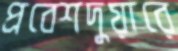
প্রবেশদুয়ারে